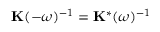
\mathbf { K } ( - \omega ) ^ { - 1 } = \mathbf { K } ^ { * } ( \omega ) ^ { - 1 }